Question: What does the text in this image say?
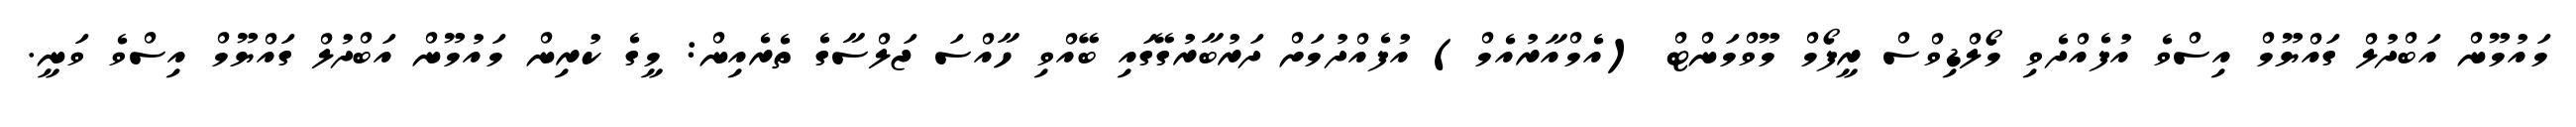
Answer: މައުމޫން އަބްދުލް ގައްޔޫމް އިސްވެ އުފެއްދެވި މޯލްޑިވްސް ރީފޯމް މޫވްމަންޓް (އެމްއާރުއެމް) އުފެއްދުމަށް ދަރުބާރުގޭގައި ބޭއްވި ހާއްސަ ޖަލްސާގެ ތެރެއިން: މީގެ ކުރިން މައުމޫން އަބްދުލް ގައްޔޫމް އިސްވެ ވަނީ.